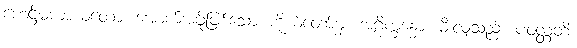
ဟေဋ္ဌိမကာယတော၊ အောက်အဖို့ဖြစ်သော ကိုယ်တော်မှ။ အဂ္ဂိက္ခန္ဓော၊ မီးလျှံသည်။ ပဝတ္တတိ၊